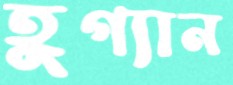
হুগ্যান